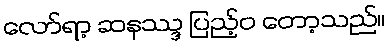
လော်ရာ့ ဆနဿ္ဒ ပြည့်ဝ တော့သည်။